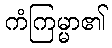
ကံကြမ္မာ၏